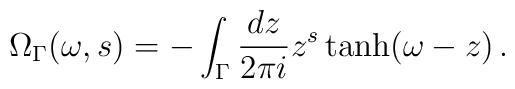
\Omega_\Gamma(\omega,s) = -\int_\Gamma\frac{dz}{2\pi i}z^s\tanh(\omega-z) \,.